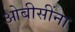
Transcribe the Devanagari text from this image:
ओबीसींना